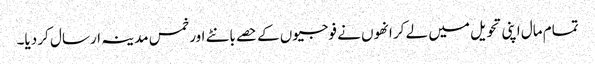
تمام مال اپنی تحویل میں لے کر انھوں نے فوجیوں کے حصے بانٹے اور خمس مدینہ ارسال کر دیا۔